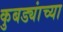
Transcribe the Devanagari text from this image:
कुबड्यांच्या